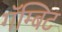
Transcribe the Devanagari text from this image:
गॅम्बिट